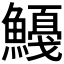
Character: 𱆿